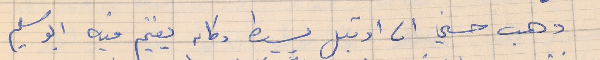
ذهب حسني الى اوتيل بسيط وكان يقيم فيه ابو سليم